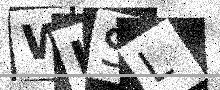
Text: WKSL